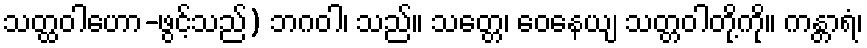
သတ္ထဝါဟော-ဖွင့်သည်) ဘဂဝါ၊ သည်။ သတ္တေ၊ ဝေနေယျ သတ္တဝါတို့ကို။ ကန္တာရံ၊